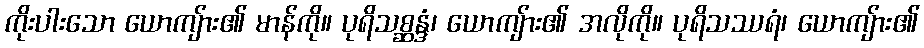
ကိုးပါးသော ယောကျ်ား၏ မာန်ကို။ ပုရိသစ္ဆန္ဒံ၊ ယောကျ်ား၏ အလိုကို။ ပုရိသဿရံ၊ ယောကျ်ား၏